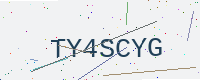
Text: TY4SCYG